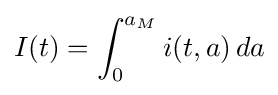
I(t)=\int _{0}^{a_{M}}i(t,a)\,da